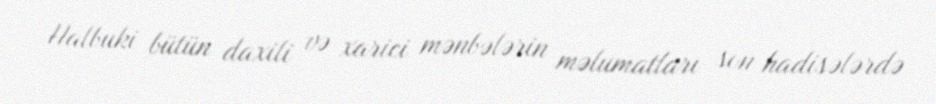
Halbuki bütün daxili və xarici mənbələrin məlumatları son hadisələrdə